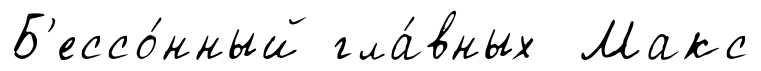
Б'ессо́нный гла́вных Макс